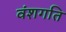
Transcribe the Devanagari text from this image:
वंशगति